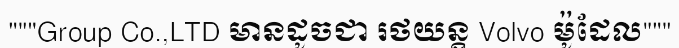
"""Group Co.,LTD មានដូចជា រថយន្ត Volvo ម៉ូដែល"""